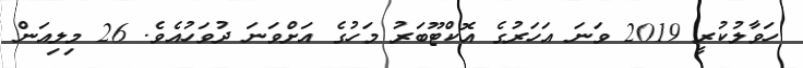
ހަވާލުކުރީ 2019 ވަނަ އަހަރުގެ އޮކްޓޫބަރު މަހުގެ އަށްވަނަ ދުވަހުއެވެ. 26 މިލިއަން